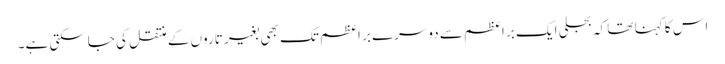
اس کا کہنا تھا کہ بجلی ایک بر اعظم سے دوسرے بر اعظم تک بھی بغیر تاروں کے منتقل کی جاسکتی ہے۔